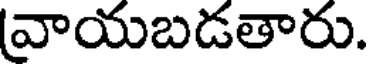
వాయబడతారు.